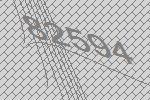
82594